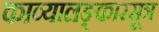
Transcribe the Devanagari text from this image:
काव्यालङ्कारसूत्र